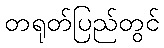
တရုတ်ပြည်တွင်